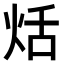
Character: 𤈏